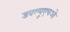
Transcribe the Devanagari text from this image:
डबल्यूएचओ